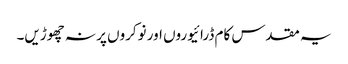
یہ مقدس کام ڈرائیوروں اور نوکروں پر نہ چھوڑیں۔